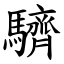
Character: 䮺